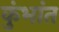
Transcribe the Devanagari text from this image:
कुंभांत